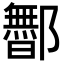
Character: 𬪡